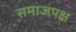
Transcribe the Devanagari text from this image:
समाजपक्ष